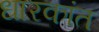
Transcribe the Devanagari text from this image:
धारकांत